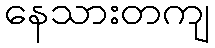
နေသားတကျ